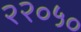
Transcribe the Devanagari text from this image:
२२०५०